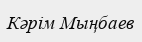
Кәрім Мыңбаев